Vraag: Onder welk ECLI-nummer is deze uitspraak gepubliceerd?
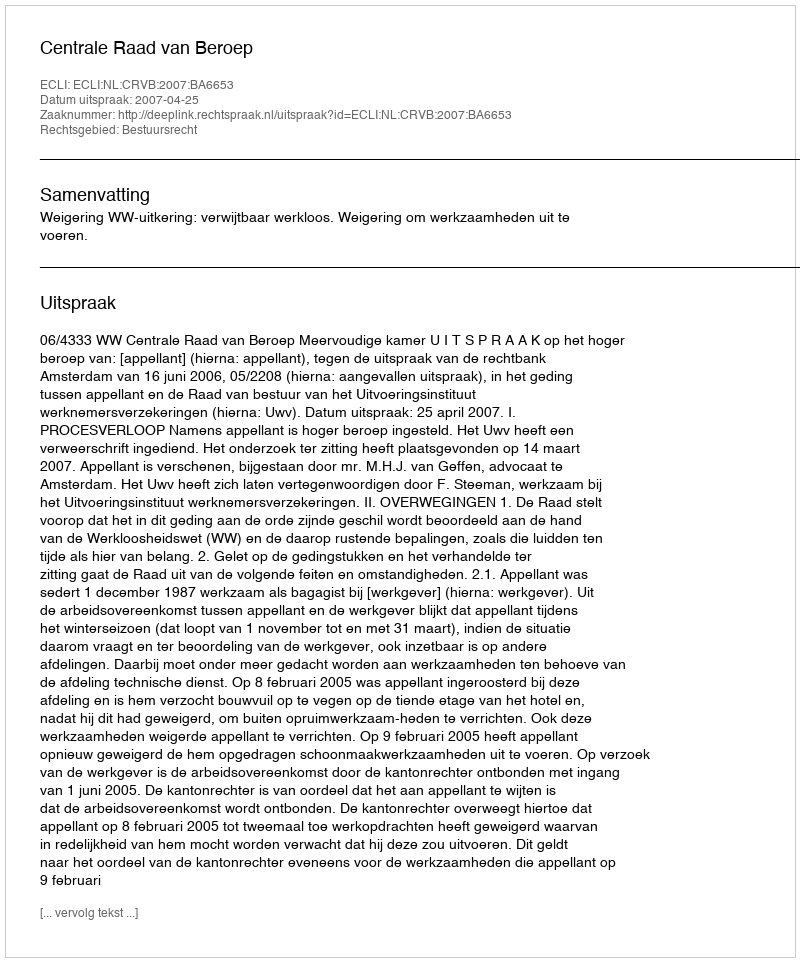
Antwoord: ECLI:NL:CRVB:2007:BA6653